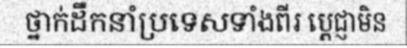
ថ្នាក់ដឹកនាំប្រទេសទាំងពីរ ប្តេជ្ញាមិន